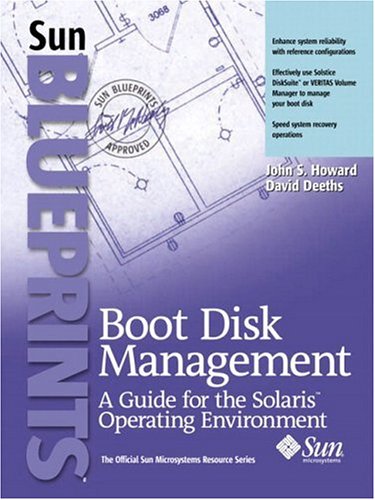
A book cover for Boot Disk Management: A Guide for the Solaris Operating Environment; John S. Howard; Computers & Technology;